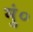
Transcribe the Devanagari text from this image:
मुं०